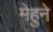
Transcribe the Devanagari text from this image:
मेहुने